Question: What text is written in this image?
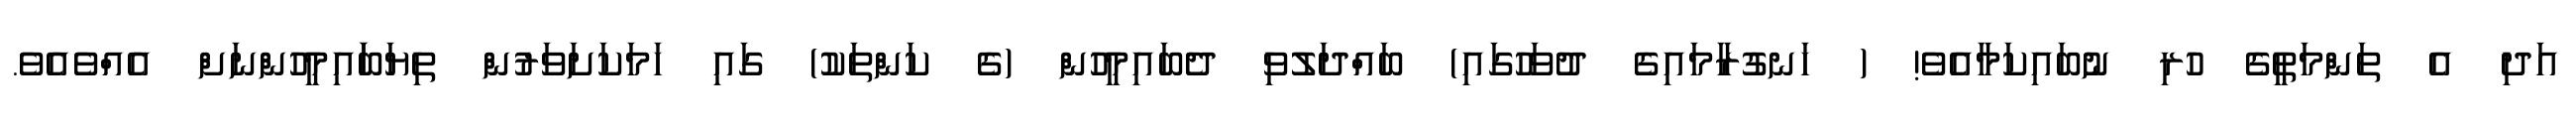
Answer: އަދި އެ ތަންމަތީގެ ހުރި ނުބައިކަމާއެވެ! ( ހަނގުރާމައިގެ ދުވަހުގައި) ބައްދަލުވި ދެބައިމީހުން (ގެ ކަންތަކު) ގައި ހަމަކަށަވަރުން ތިޔަބަައިމީހުންނަށް އެއްވެއެވެ.